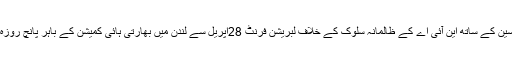
انہوں نے کہاکہ محمد یاسین کے ساتھ این آئی اے کے ظالمانہ سلوک کے خلاف لبریشن فرنٹ 28اپریل سے لندن میں بھارتی ہائی کمیشن کے باہر پانچ روزہ احتجاجی دھرنا دے گی۔